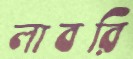
লাবরি